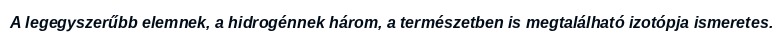
A legegyszerűbb elemnek, a hidrogénnek három, a természetben is megtalálható izotópja ismeretes.